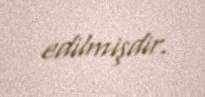
edilmişdir.